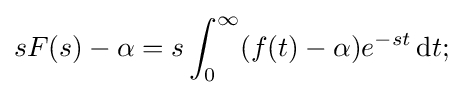
sF(s)-\alpha =s\int _{0}^{\infty }(f(t)-\alpha )e^{-st}\,\mathrm {d} t;